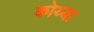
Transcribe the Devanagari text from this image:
कोय्या